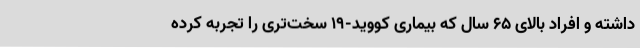
داشته و افراد بالای ۶۵ سال که بیماری کووید-۱۹ سخت‌تری را تجربه کرده